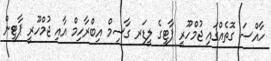
ހާއްސަ ގޮތެއްގައި ޖުމްހޫރީ ޕާޓީގެ ލީޑަރ ގާސިމް އިބްރާހިމް އާއި ޖުމްހޫރީ ޕާޓީން